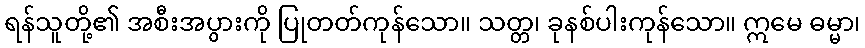
ရန်သူတို့၏ အစီးအပွားကို ပြုတတ်ကုန်သော။ သတ္တ၊ ခုနစ်ပါးကုန်သော။ ဣမေ ဓမ္မာ၊